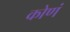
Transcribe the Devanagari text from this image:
कोणं